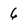
Character: 6